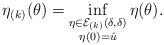
LaTeX: \begin{align*} \eta_{(k)}(\theta) = \inf_{\begin{subarray}{c}\eta\in \mathcal{E}_{(k)}(\delta,\delta)\\\eta(0)=\hat u \end{subarray}}\eta(\theta).\end{align*}